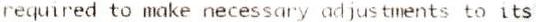
REQUIRED TO MAKE NECESSARY ADJUSTMENTS TO ITS